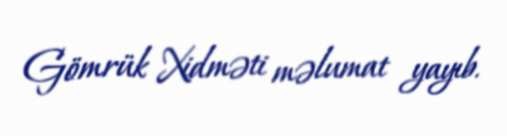
Gömrük Xidməti məlumat yayıb.